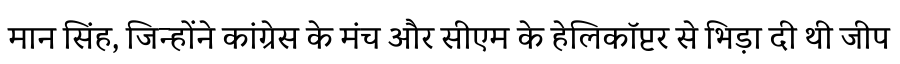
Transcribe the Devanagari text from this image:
मान सिंह, जिन्होंने कांग्रेस के मंच और सीएम के हेलिकॉप्टर से भिड़ा दी थी जीप